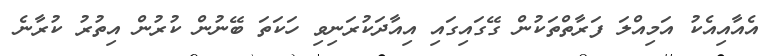
އެއާއިއެކު އަމިއްލަ ފަރާތްތަކުން ގޭގައިގައި އިއާދަކުރަނިވި ހަކަތަ ބޭނުން ކުރުން އިތުރު ކުރާނެ